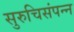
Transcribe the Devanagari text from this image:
सुरुचिसंपन्न